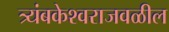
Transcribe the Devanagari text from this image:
त्र्यंबकेश्वराजवळील